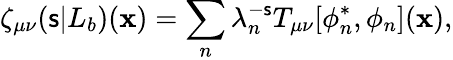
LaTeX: \zeta_{\mu\nu}(\mathsf{s}|L_{b})(\mathbf{x})=\sum_{n}\lambda_{n}^{-\mathsf{s}}T_{\mu\nu}[\phi_{n}^{*},\phi_{n}](\mathbf{x}),